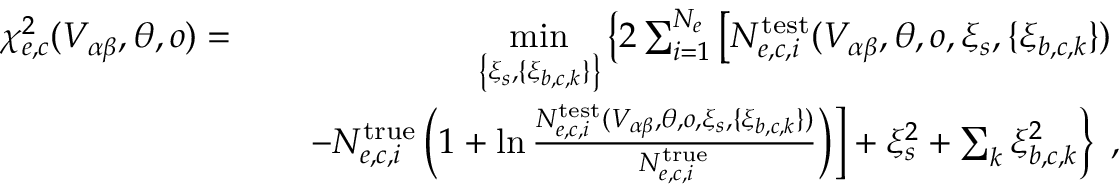
\begin{array} { r l r } { \chi _ { e , c } ^ { 2 } ( V _ { \alpha \beta } , \boldsymbol { \theta } , o ) = } & { } & { \underset { \left\{ \xi _ { s } , \{ \xi _ { b , c , k } \} \right\} } { \mathrm { m i n } } \left\{ 2 \sum _ { i = 1 } ^ { N _ { e } } \left[ N _ { e , c , i } ^ { \mathrm { t e s t } } ( V _ { \alpha \beta } , \boldsymbol { \theta } , o , \xi _ { s } , \{ \xi _ { b , c , k } \} ) \right. \right. } \\ & { } & { \left. \left. - N _ { e , c , i } ^ { \mathrm { t r u e } } \left( 1 + \ln \frac { N _ { e , c , i } ^ { \mathrm { t e s t } } ( V _ { \alpha \beta } , \boldsymbol { \theta } , o , \xi _ { s } , \{ \xi _ { b , c , k } \} ) } { N _ { e , c , i } ^ { \mathrm { t r u e } } } \right) \right] + \xi _ { s } ^ { 2 } + \sum _ { k } \xi _ { b , c , k } ^ { 2 } \right\} \; , } \end{array}